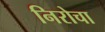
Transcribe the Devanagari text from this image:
निरोचा